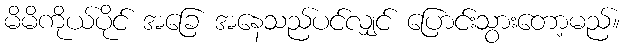
မိမိကိုယ်ပိုင် အခြေ အနေသည်ပင်လျှင် ပြောင်းသွားတော့မည်။